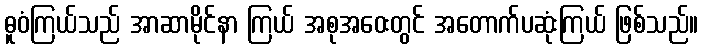
ဓူဝံကြယ်သည် အာဆာမိုင်နာ ကြယ် အစုအဝေးတွင် အတောက်ပဆုံးကြယ် ဖြစ်သည်။